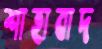
শাহাবাদ